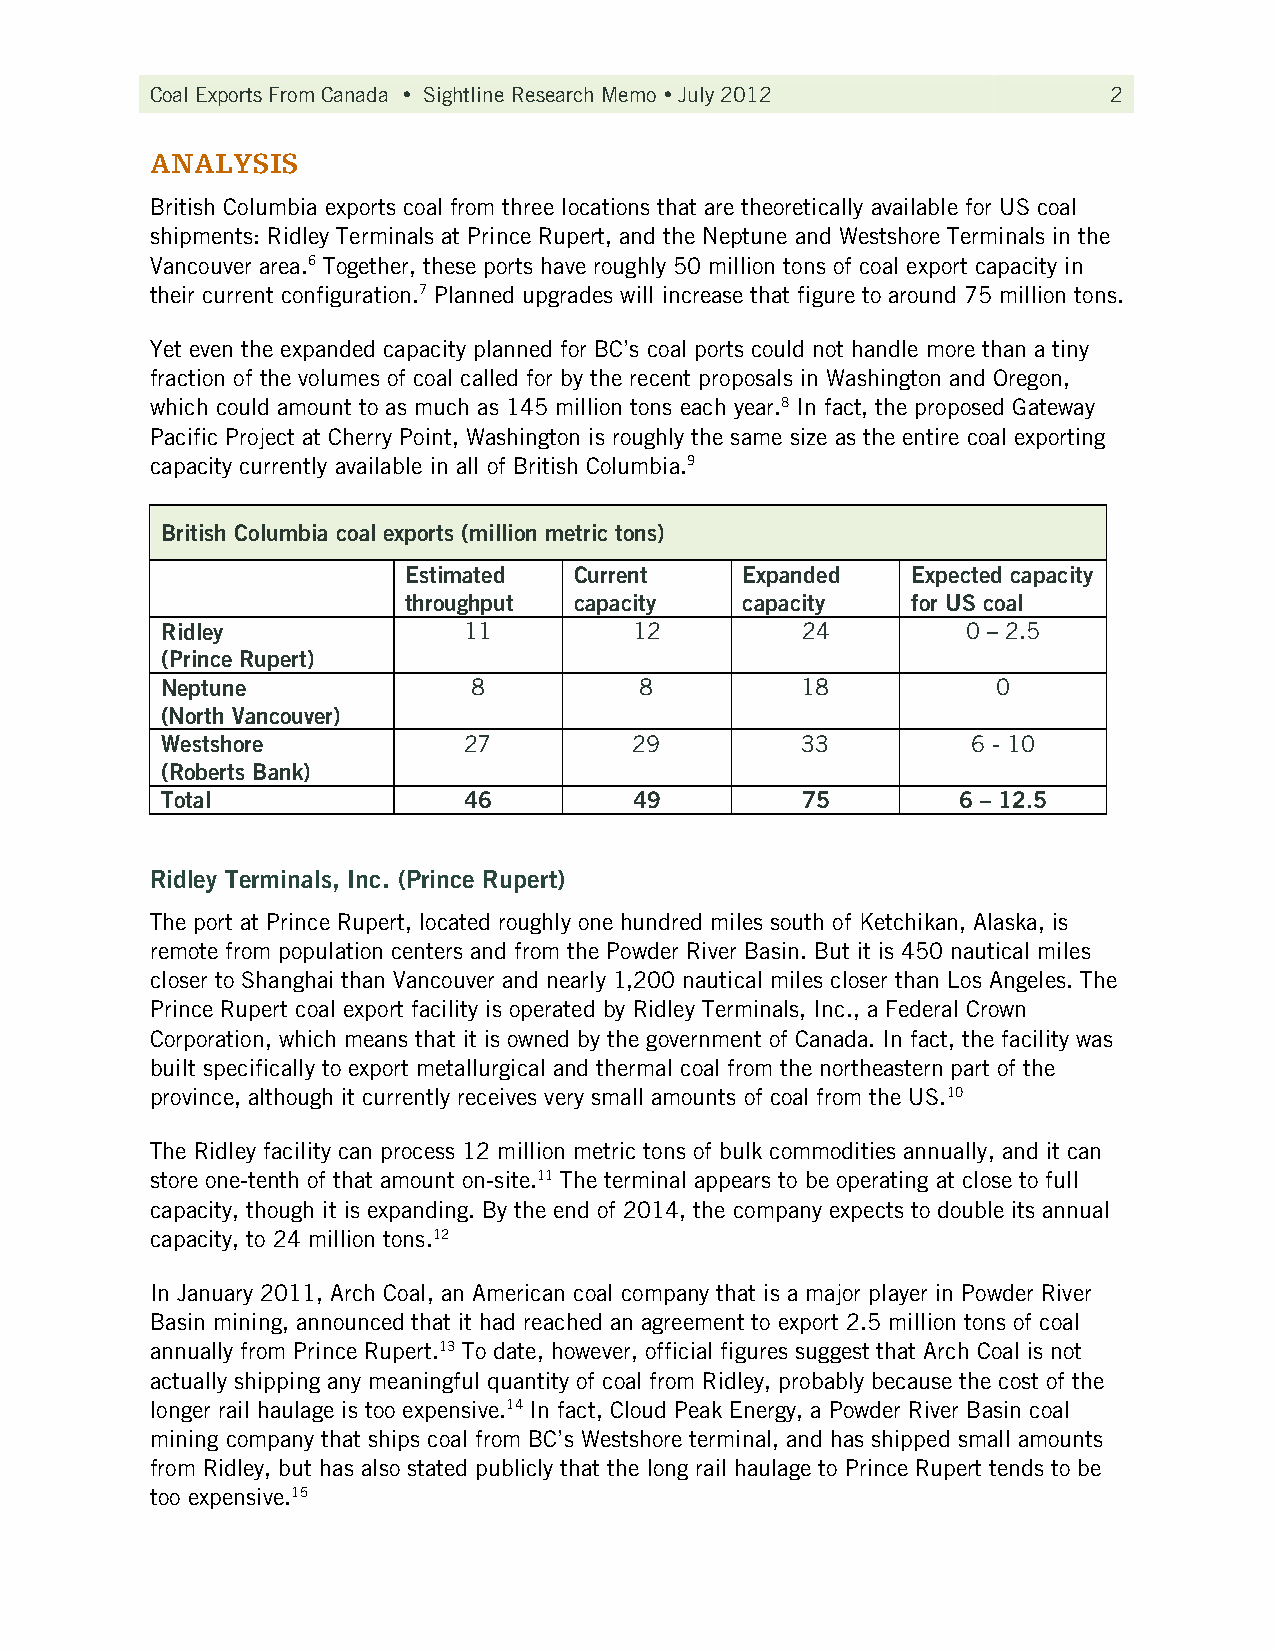
Coal Exports From Canada  Sightline Research Memo  July 2012  2
 ANALYSIS
 British Columbia exports coal from three locations that are theoretically available for US coal
 shipments: Ridley Terminals at Prince Rupert, and the Neptune and Westshore Terminals in the
 Vancouver area.6 Together, these ports have roughly 50 million tons of coal export capacity in
 their current configuration.7 Planned upgrades will increase that figure to around 75 million tons.
 Yet even the expanded capacity planned for BC’s coal ports could not handle more than a tiny
 fraction of the volumes of coal called for by the recent proposals in Washington and Oregon,
 which could amount to as much as 145 million tons each year.8 In fact, the proposed Gateway
 Pacific Project at Cherry Point, Washington is roughly the same size as the entire coal exporting
 capacity currently available in all of British Columbia.9
 British Columbia coal exports (million metric tons)
 Estimated  Current    Expanded   Expected capacity
 throughput capacity   capacity   for US coal
 Ridley              11         12         24         0 – 2.5
 (Prince Rupert)
 Neptune             8          8          18           0
 (North Vancouver)
 Westshore           27         29         33         6 - 10
 (Roberts Bank)
 Total               46         49         75        6 – 12.5
 Ridley Terminals, Inc. (Prince Rupert)
 The port at Prince Rupert, located roughly one hundred miles south of Ketchikan, Alaska, is
 remote from population centers and from the Powder River Basin. But it is 450 nautical miles
 closer to Shanghai than Vancouver and nearly 1,200 nautical miles closer than Los Angeles. The
 Prince Rupert coal export facility is operated by Ridley Terminals, Inc., a Federal Crown
 Corporation, which means that it is owned by the government of Canada. In fact, the facility was
 built specifically to export metallurgical and thermal coal from the northeastern part of the
 province, although it currently receives very small amounts of coal from the US.10
 The Ridley facility can process 12 million metric tons of bulk commodities annually, and it can
 store one-tenth of that amount on-site.11 The terminal appears to be operating at close to full
 capacity, though it is expanding. By the end of 2014, the company expects to double its annual
 capacity, to 24 million tons.12
 In January 2011, Arch Coal, an American coal company that is a major player in Powder River
 Basin mining, announced that it had reached an agreement to export 2.5 million tons of coal
 annually from Prince Rupert.13 To date, however, official figures suggest that Arch Coal is not
 actually shipping any meaningful quantity of coal from Ridley, probably because the cost of the
 longer rail haulage is too expensive.14 In fact, Cloud Peak Energy, a Powder River Basin coal
 mining company that ships coal from BC’s Westshore terminal, and has shipped small amounts
 from Ridley, but has also stated publicly that the long rail haulage to Prince Rupert tends to be
 too expensive.15